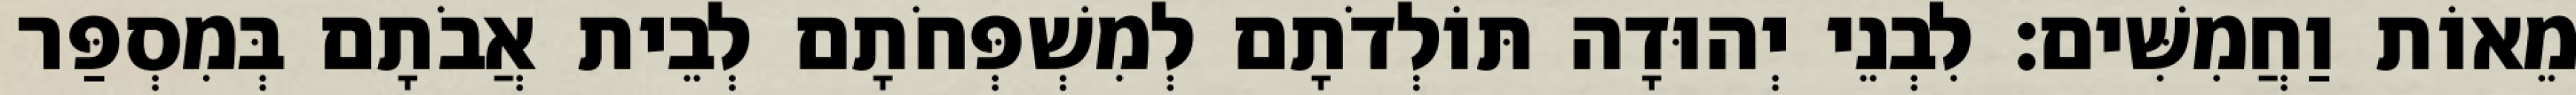
מֵאוֹת וַחֲמִשִּׁים׃ לִבְנֵי יְהוּדָה תּוֹלְדֹתָם לְמִשְׁפְּחֹתָם לְבֵית אֲבֹתָם בְּמִסְפַּר